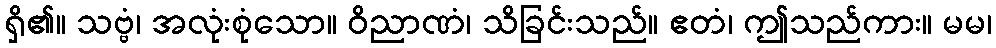
ရှိ၏။ သဗ္ဗံ၊ အလုံးစုံသော။ ဝိညာဏံ၊ သိခြင်းသည်။ ဧတံ၊ ဤသည်ကား။ မမ၊